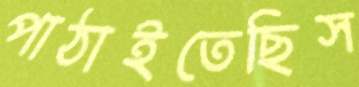
পাঠাইতেছিস